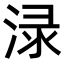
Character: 渌